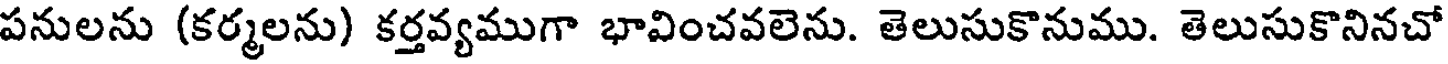
పనులను (కర్మలను) కర్తవ్యముగా భావించవలెను. తెలుసుకొనుము. తెలుసుకొనినచో